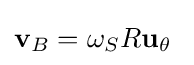
\mathbf {v} _{B}=\omega _{S}R\mathbf {u} _{\theta }\